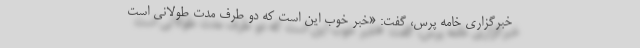
خبرگزاری خامه پرس، گفت: «خبر خوب این است که دو طرف مدت طولانی است